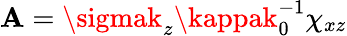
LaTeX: \mathbf{A}=\sigmak_{z}\kappak_{0}^{-1}\chi_{xz}